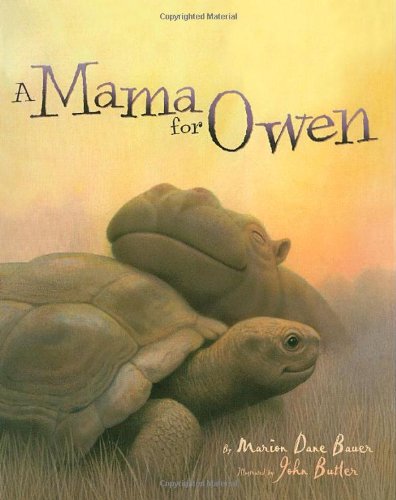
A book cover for Mama for Owen; Marion  Dane Bauer; Children's Books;